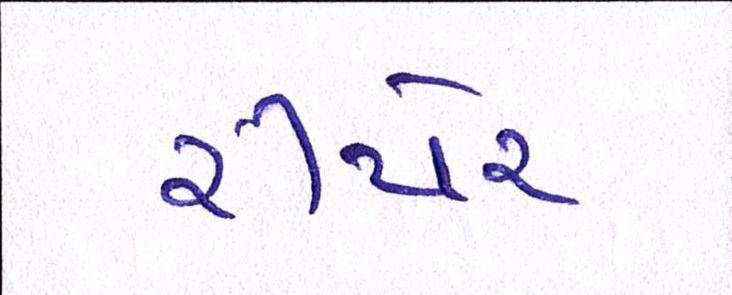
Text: રીપેર